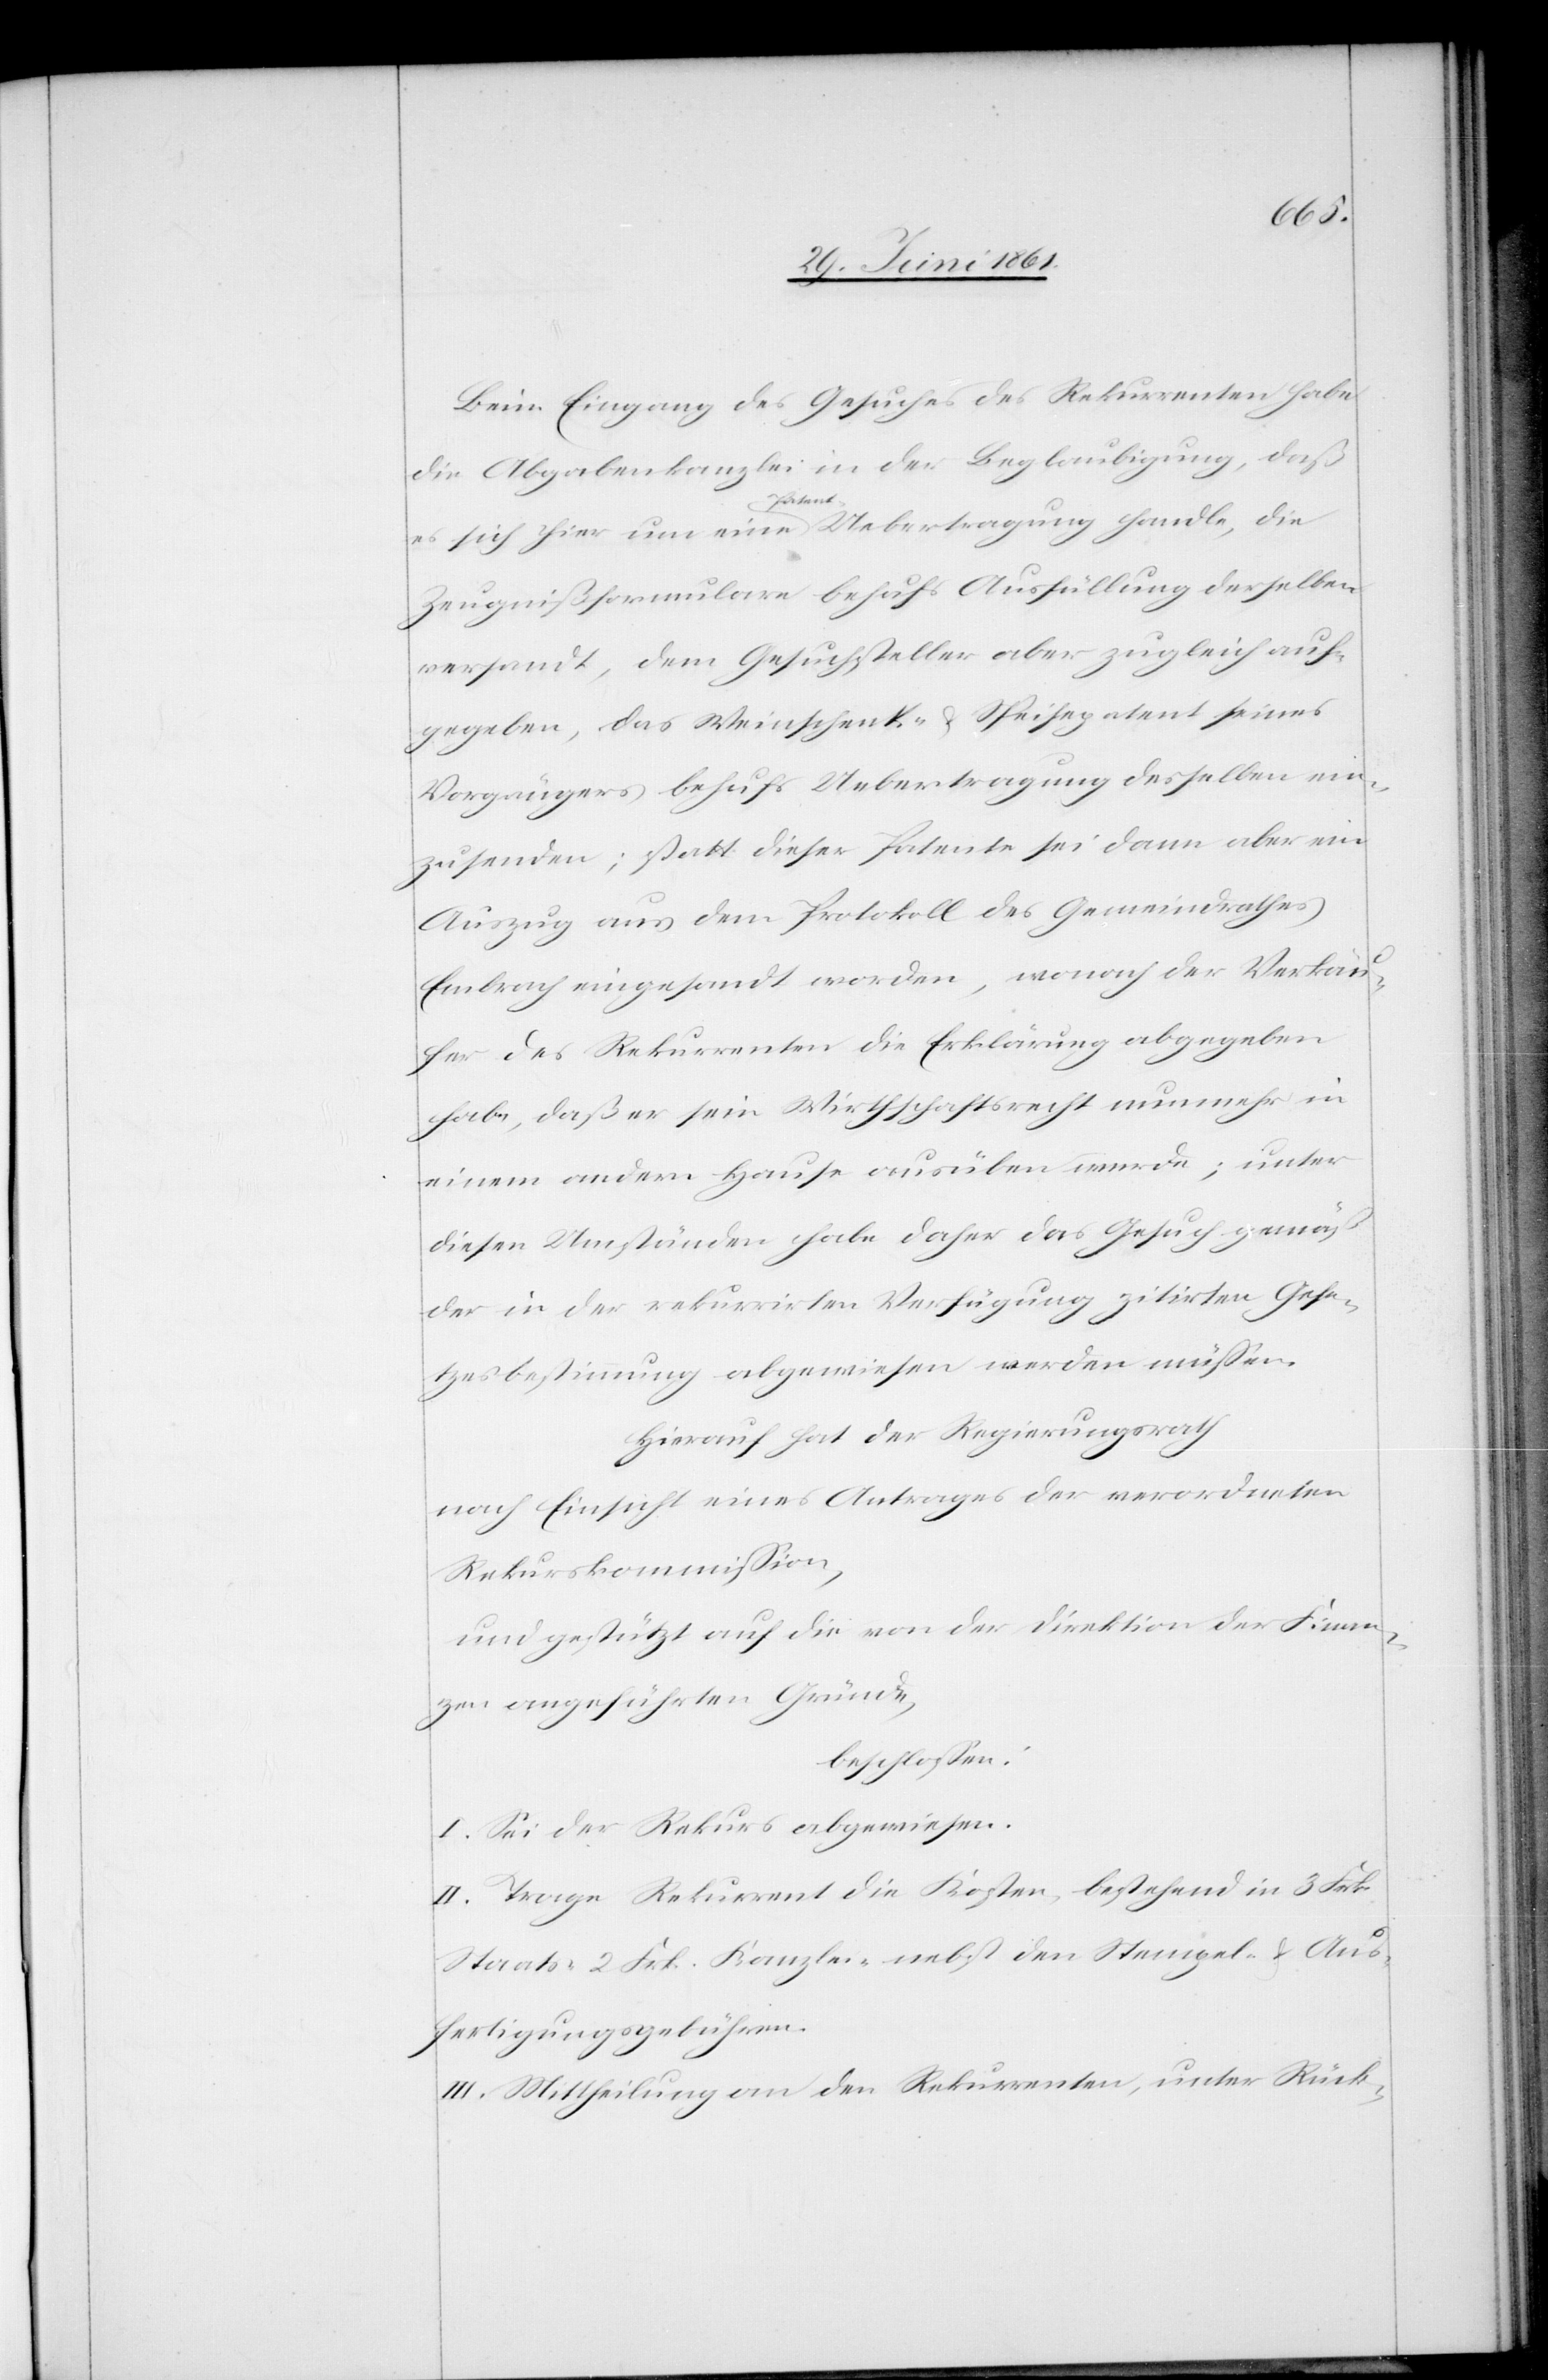
Beim Eingang des Gesuches des Rekurrenten habe
die Abgabenkanzlei in der Beglaubigung, daß
es sich hier um eine Patent Uebertragung handle, die
Zeugnißformulare behufs Ausfüllung derselben
versandt, dem Gesuchstellter aber zugleich auf¬
gegeben, das Weinschenk u. Speisepatent seines
Vorgängers behufs Uebertragung desselben ein¬
zusenden; statt dieser Patente sei dann aber ein
Auszug aus dem Protokoll des Gemeindrathes
Embrach eingesandt worden, wonach der Verkäu¬
fer des Rekurrenten die Erklärung abgegeben
habe, daß er sein Wirthschaftsrecht nunmehr in
einem andern Hause ausüben werde; unter
diesen Umständen habe daher das Gesuch gemäß
der in der rekurrirten Verfügung zitirten Gese¬
tzesbestimmung abgewiesen werden müssen.
Hierauf hat der Regierungsrath
nach Einsicht eines Antrages der verordneten
Rekurskommission,
und gestützt auf die von der Direktion der Finan¬
zen angeführten Gründe,
beschlossen:
I. Sei der Rekurs abgewiesen.
II. Trage Rekurrent die Kosten, bestehend in 3 Frk.
Staats-[,] 2 Frk. Kanzlei- nebst den Stempel- u. Aus¬
fertigungsgebühren.
III. Mittheilung an den Rekurrenten, unter Rück-